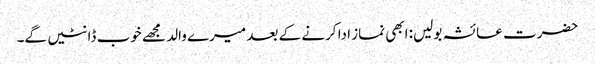
حضرت عائشہ بولیں: ابھی نماز ادا کرنے کے بعد میرے والد مجھے خوب ڈانٹیں گے۔